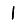
Digit: 1